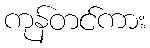
ကုန်တင်ကား